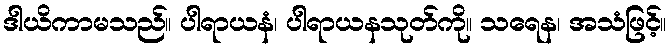
ဒါယိကာမသည်။ ပါရာယနံ၊ ပါရာယနသုတ်ကို။ သရေန၊ အသံဖြင့်။